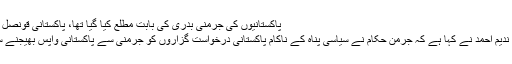
پاکستانیوں کی جرمنی بدری کی بابت مطلع کیا گیا تھا، پاکستانی قونصل جنرل 06.12.2017
پاکستانی قونصل جنرل ندیم احمد نے کہا ہے کہ جرمن حکام نے سیاسی پناہ کے ناکام پاکستانی درخواست گزاروں کو جرمنی سے پاکستانی واپس بھیجنے سے متعلق آگاہ کیا ہے۔